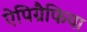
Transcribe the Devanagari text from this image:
ऐपिग्रैफिया